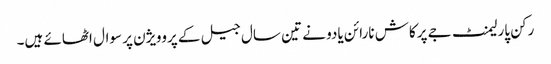
رکن پارلیمنٹ جے پرکاش نارائن یادو نے تین سال جیل کے پروویژن پر سوال اٹھائے ہیں۔